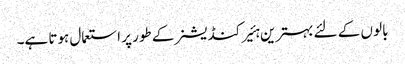
بالو ں کے لئے بہترین ہئیر کنڈیشنر کے طور پر استعمال ہوتا ہے۔